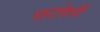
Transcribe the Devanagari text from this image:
छटोली